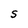
Character: S